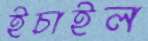
ইচাইল